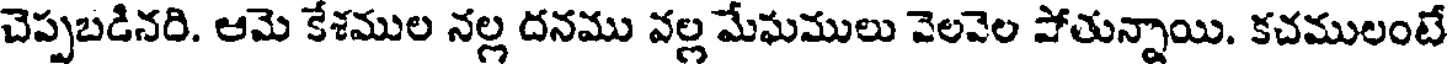
చెప్పబడినరి. ఆమె కేశముల నల్ల దనము వల్ల మేఘములు వెలవెల పోతున్నాయి. కచములంటే